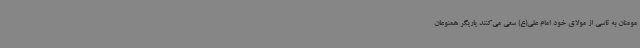
مومنان به تاسی از مولای خود امام علی(ع) سعی می‌کنند یاریگر همنوعان